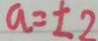
a = \pm 2